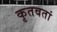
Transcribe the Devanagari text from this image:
कृतवतां